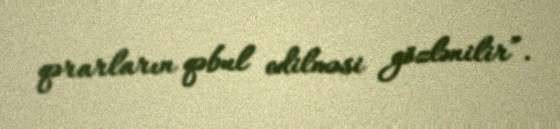
qərarların qəbul edilməsi gözlənilir”.